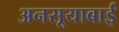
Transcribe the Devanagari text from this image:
अनसूयाबाई